Medical and sanitary report of the native army of Bengal for the year
Year: 1875
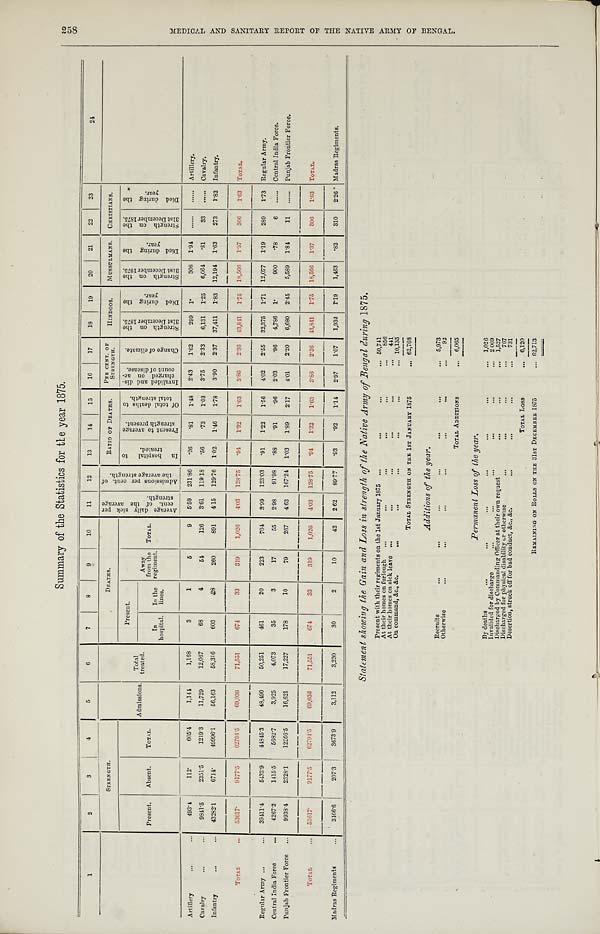
Summary of the Statistics for the year 1875.
1
2
3
4
5
6
7
8
9
10
11
12
13
14
15
16
17
18
19
20
21
22
23
24
STRENGTH.
Admissions. Total
treated.
D E A T H S .
A v e r a g e d a i l y s i c k p e r
c e n t . o f t h e a v e r a g e
s t r e n g t h .
A d m i s s i o n s p e r c e n t . o f
t h e a v e r a g e s t r e n g t h .
RATIO OF DEATHS.
PER CENT. OF
STRENGTH.
HINDOOS.
MUSSULMANS. CHRISTIANS.
Present.
Absent.
TOTAL.
Present.
Away
from the
regiment.
TOTAL.
I n h o s p i t a l t o
t r e a t e d .
P r e s e n t t o a v e r a g e
s t r e n g t h p r e s e n t .
O f t o t a l d e a t h s t o
t o t a l s t r e n g t h . I nva l i de d a nd di s -
char ged on ac-
count of di s eas e.
C h a n g e o f c l i m a t e . S t r e n g t h o n t h e 3 1 s t D e c e m b e r 1 8 7 5 .
D i e d d u r i n g t h e
y e a r .
S t r e n g t h o n t h e
3 1 s t D e c e m b e r 1 8 7 5 .
D i e d d u r i n g t h e
y e a r .
S t r e n g t h o n t h e
3 1 s t D e c e m b e r 1 8 7 5 .
Di e d d u r i n g t h e
year.
In
hospital.
In the
lines.
Artillery
...
...
493.4
112.
605.4
1,144
1,168
3
1
5
9 5.59 231.86 .26
.81
1.48
2.43 1.62
299 1.
308 1.94
. . . . . . ...... Artillery.
Cavalry
. . .
. . . 9841.5
2351.5
1219.3
11,729
12,067
68
4
54
126
3.61 119.18 .56
.73
1.03
3.75 2.33 6,131 1.25 6,064 .81
33 ...... Cavalry.
Infantry
...
... 43282.1
6714.
49996.1
56,163
58,316
603
28
260
891
4.15 129.76 1.02
1.46
1.78
3.90 2.37 37,411 1.83 12,194 1.63
273
1.82 Infantry.
TOTAL
. . . 53617.
9177.5
62794.5
69,036
71,551
674
33
319
1,026
4.03 128.75 .94
1.32
1.63
3.86 2.36 43,841 1.75 18,566 1.37
306
1.63 TOTAL.
Regular Army ...
... 39411.4
5433.9
44845.3
48,490
50,251
461
20
223
704
3.99 123.03 .91
1.22
1.56
4.02 2.55 32,375 1.71 12,077 1.19
289
1.73 Regular Army.
Central India Force
...
4267.2
1415.5
5682.7
3,925
4,073
35
3
17
55
2.98 91.98 .88
.91
.96
2.03
. 9 6 4,786 1.
900 .78
6 ...... Central India Force.
Punjab Frontier Force ...
9938.4
2328.1
12266.5
16,621
17,227
178
10
79
267
4.63 167.24 1.03
1.89
2.17
4.01 2.20 6,680 2.45 5,589 1.84
11 ...... Punjab Frontier Force.
TOTAL
. . . 53617.
9177.5
62794.5
69,036
71,551
674
33
319
1,026
4.03 128.75
. 9 4
1.32
1.63
3.86
2.36
43,841 1.75 18,566 1.37
306
1.63 TOTAL.
Madras Regiments
...
3466.6
207.3
3673.9
3,112
3,230
30
2
10
42 2.62 89.77 .93
.92
1.14
2.97 1.07
1,932 1.19 1,463 .82
310 2.26 Madras Regiments.
Statement showing the Gain and Loss in strength of the Native Army of Bengal during 1875.
Present with their regiments on the 1st January 1875 ...
...
...
... 50,741
At their homes on furlough ...
...
...
...
...
... 856
At their homes on sick leave ...
....
. . .
. . .
. . .
. . . 441
On command, &c., &c.
...
. . .
...
...
. . .
... 10,135
TOTAL STRENGTH ON THE 1ST JANUARY 1875
... 62,768
Additions of the year.
Recruits
...
...
...
...
...
. . .
... 5,973
Otherwise
. . .
...
. . .
...
...
...
...
92
TOTAL ADDITIONS
... 6,065
Permanent Loss of the year.
By deaths
...
...
...
. . .
. . .
. . .
. . . 1,026
Invalided for discharge
...
...
. . .
...
...
... 2 , 0 6 9
Discharged by Commanding Officer at their own request . . .
...
. . .
. . . 1,527
Discharged for physical disability or otherwise
...
...
...
... 767
Desertion, struck off for bad conduct, &c., &c.
...
...
...
. . . 731
TOTAL LOSS
. . . 6,120
REMAINING ON ROLLS ON THE 31ST DECEMBER 1875
. . . 62,713
258
M E D I C A L A N D S A N I T A R Y R E P O R T O F T H E N A T I V E A R M Y O F B E N G A L .